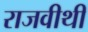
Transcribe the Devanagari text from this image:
राजवीथी